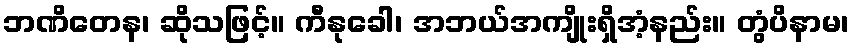
ဘဏိတေန၊ ဆိုသဖြင့်။ ကီနုခေါ၊ အဘယ်အကျိုးရှိအံ့နည်း။ တွံပိနာမ၊